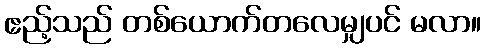
ဧည့်သည် တစ်ယောက်တလေမျှပင် မလာ။